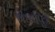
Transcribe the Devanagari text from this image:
गंधर्वपुत्र